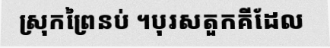
ស្រុកព្រៃនប់ ។បុរសតួកគីដែល